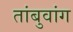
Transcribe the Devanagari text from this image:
तांबुवांग